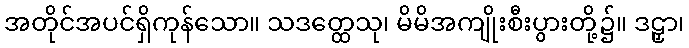
အတိုင်အပင်ရှိကုန်သော။ သဒတ္ထေသု၊ မိမိအကျိုးစီးပွားတို့၌။ ဒဠှာ၊